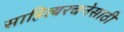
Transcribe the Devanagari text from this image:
साहित्यरचनेसाठी